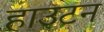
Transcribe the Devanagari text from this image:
हाउटन